Civil Veterinary Dept. Assam report 1927-50 - 1927-1950
Year: 1927
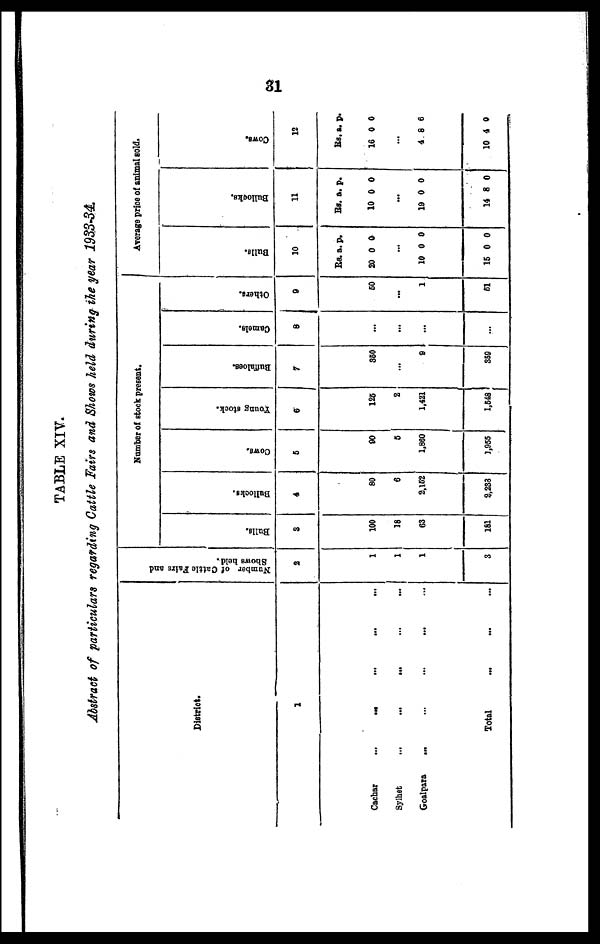
31
TABLE XIV.
Abstract of particulars regarding Cattle Fairs and Shows held during the year 1933-34.
District.
1
Cachar
...
... ... ... ...
Sylhet
...
...
... ... ...
Goalpara ... ... ... ... ...
Total ... ... ...
Number of Cattle Fairs and
Shows held.
2
1
1
1
3
Number of stock present.
Bulls.
3
100
18
63
161
Bullocks.
4
80
6
2,162
8,233
Cows.
5
90
5
1,860
1,955
Young stock.
6
126
2
1,421
1,648
Buffaloes.
7
350
...
9
359
Camels.
8
...
...
...
...
Others.
9
60
...
1
61
Average price of animal sold.
Bulls.
10
Rs. a. p.
20 0 0
...
10 0 0
15 0 0
Bullocks.
11
Rs. a. p.
10 0 0
...
19 0 0
14 8 0
Cows.
12
RS. a. p.
16 0 0
...
4 8 6
10 4 0